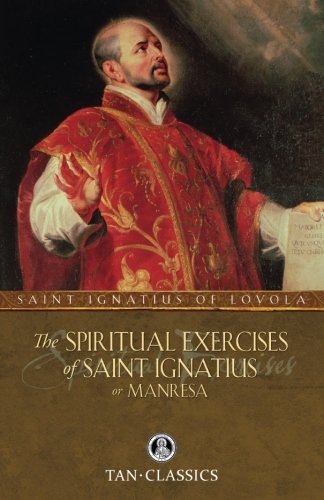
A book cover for The Spiritual Exercises of St. Ignatius: or Manresa (Tan Classics); St. Ignatius of Loyola; Christian Books & Bibles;